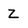
Character: Z